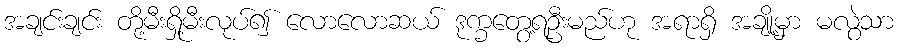
အချင်းချင်း တို့မီးရှို့မီးလုပ်၍ လောလောဆယ် ဒုက္ခတွေ့ရဦးမည်ဟု အရာရှိ အချို့မှာ မလွဲသာ